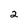
Character: 2